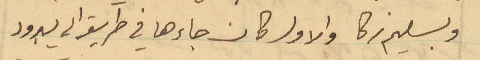
وبسليم زكا والاول كان جاءها في طريقه الى يبرود